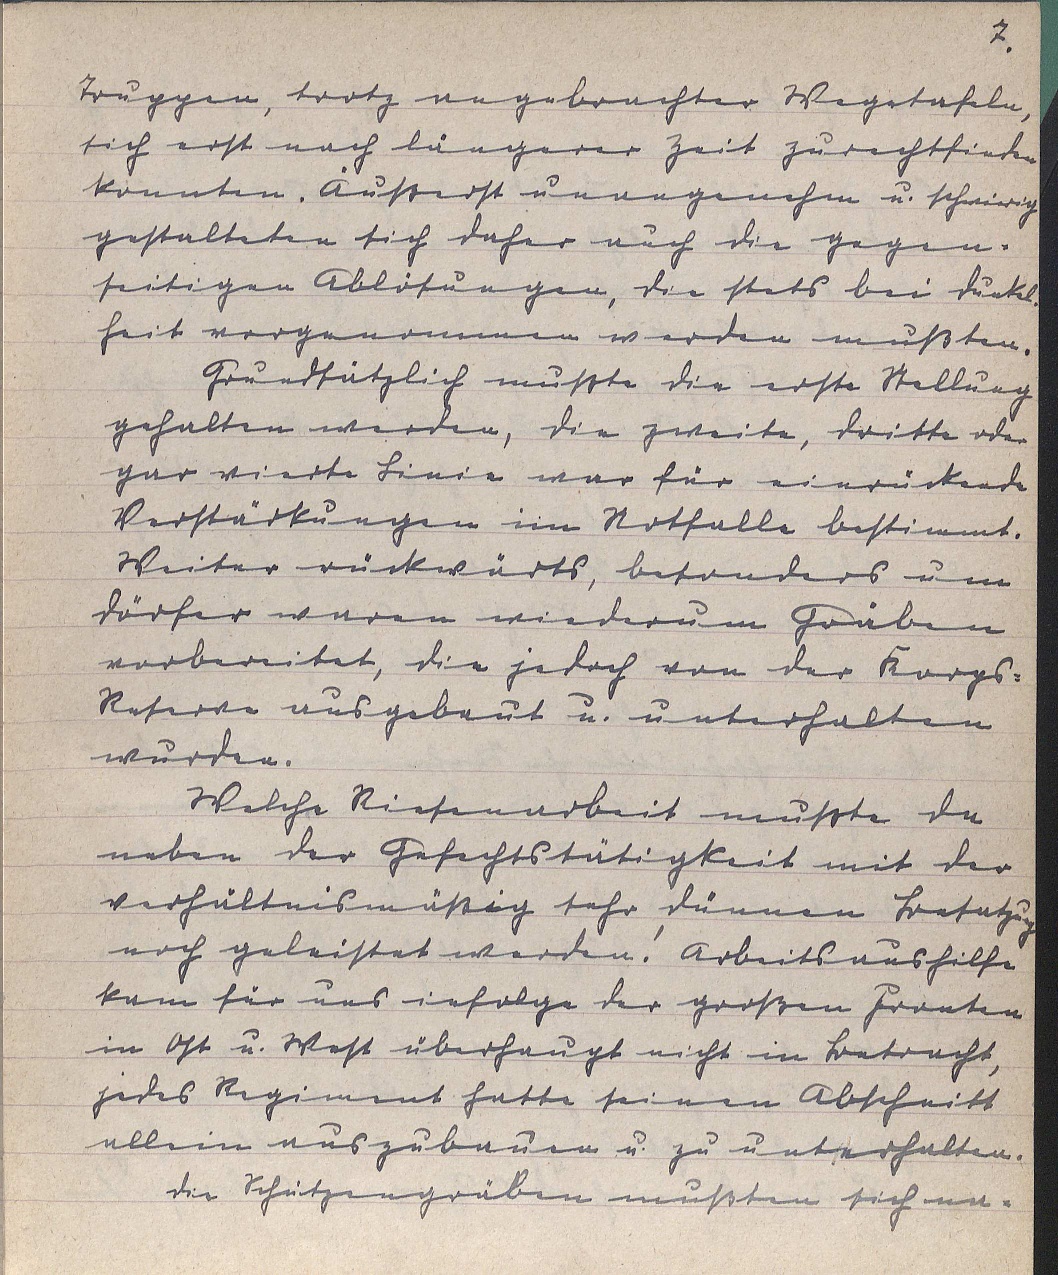
7.
Truppen, trotz angebrachter Wegtafeln,
sich erst nach längerer Zeit zurechtfinden
konnten. Äußerst unangenehm u. schwierig
gestalteten sich daher auch die gegen¬
seitigen Ablösungen, die stets bei Dunkel¬
heit vorgenommen werden mußten.
Grundsätzlich mußte die erste Stellung
gehalten werden, die zweite, dritte oder
gar vierte Linie war für einrückende
Verstärkungen im Notfalle bestimmt.
Weiter rückwärts, besonders um
Dörfer waren wiederum Gräben
vorbereitet, die jedoch von der Korps-
Reserve ausgebaut u. unterhalten
wurden.
Welche Riesenarbeit mußte da
neben der Gefechtstätigkeit mit der
verhältnismäßig sehr dünnen Besatzung
noch geleistet werden! Arbeitsaushilfe
kam für uns infolge der großen Fronten
in Ost u. West überhaupt nicht in Betracht,
jedes Regiment hatte seinen Abschnitt
allein auszubauen u. zu unterhalten.
Die Schützengräben mußten sich na¬